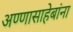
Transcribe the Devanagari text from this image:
अण्णासाहेबांना